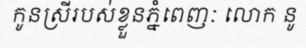
កូនស្រីរបស់ខ្លួនភ្នំពេញៈ លោក នូ